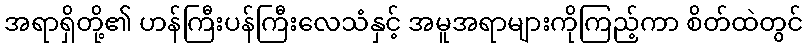
အရာရှိတို့၏ ဟန်ကြီးပန်ကြီးလေသံနှင့် အမူအရာများကိုကြည့်ကာ စိတ်ထဲတွင်